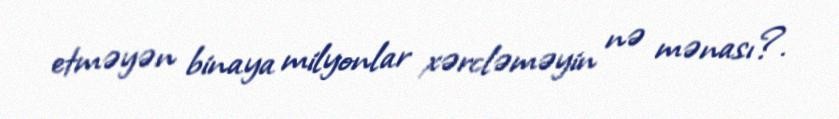
etməyən binaya milyonlar xərcləməyin nə mənası?.